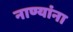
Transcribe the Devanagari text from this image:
नाण्यांना